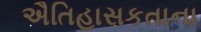
ઐતિહાસકતાના